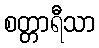
စတ္တာရီသာ